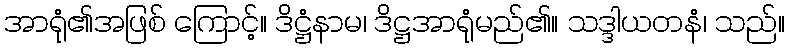
အာရုံ၏အဖြစ် ကြောင့်။ ဒိဋ္ဌံနာမ၊ ဒိဋ္ဌအာရုံမည်၏။ သဒ္ဒါယတနံ၊ သည်။